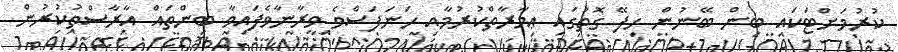
ކުރުމަށްޓަކައި ބިން ބޭނުން ހިފޭ ގޮތުގައި ޢިމާރާތްކުރުމާއި ހަނަފަސްވެ ވީރާނާވެފައިވާ ބިންތައް އާރާސްތުކުރުން